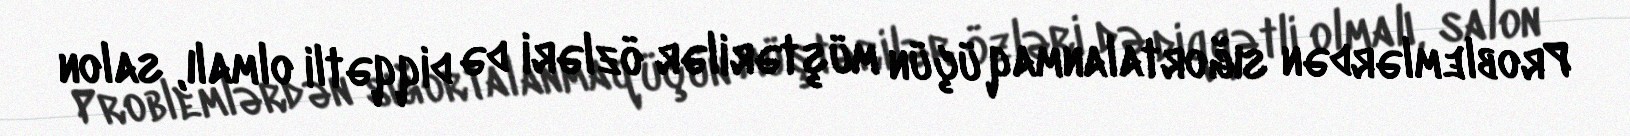
Problemlərdən sığortalanmaq üçün müştərilər özləri də diqqətli olmalı, salon